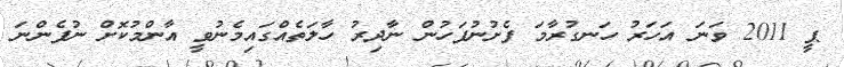
ޕީ 2011 ވަނަ އަހަރު ހަނގުރާމަ ފެށުނުފަހުން ނާދިރު ހާލަތެއްގައިމެނުވީ އާންމުކޮށް ނުފެންނަ